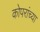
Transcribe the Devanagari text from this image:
कोपरांच्या